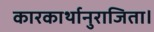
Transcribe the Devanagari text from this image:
कारकार्थानुराजिता।